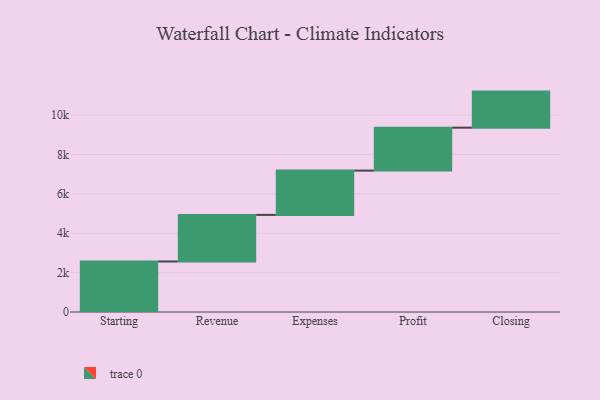
{"axis": {"x": "Step", "y": "Value"}, "legend": [""], "data": [{"x": "Starting", "y": 2566.0, "type": ""}, {"x": "Revenue", "y": 2366.0, "type": ""}, {"x": "Expenses", "y": 2249.0, "type": ""}, {"x": "Profit", "y": 2181.0, "type": ""}, {"x": "Closing", "y": 1832.0, "type": ""}]}